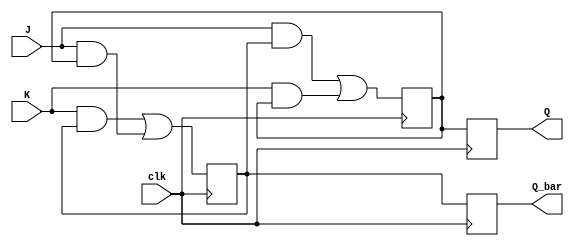
module jk_ff_master_slave(
    input wire J, K, clk,
    output reg Q, Q_bar
);

reg Q_m, Q_bar_m;

always @(posedge clk)
begin
    Q_m <= (J & Q_bar_m) | (K & Q_m);
    Q_bar_m <= (K & Q_bar_m) | (J & Q_m);
end

always @(posedge clk)
begin
    Q <= Q_m;
    Q_bar <= Q_bar_m;
end

endmodule